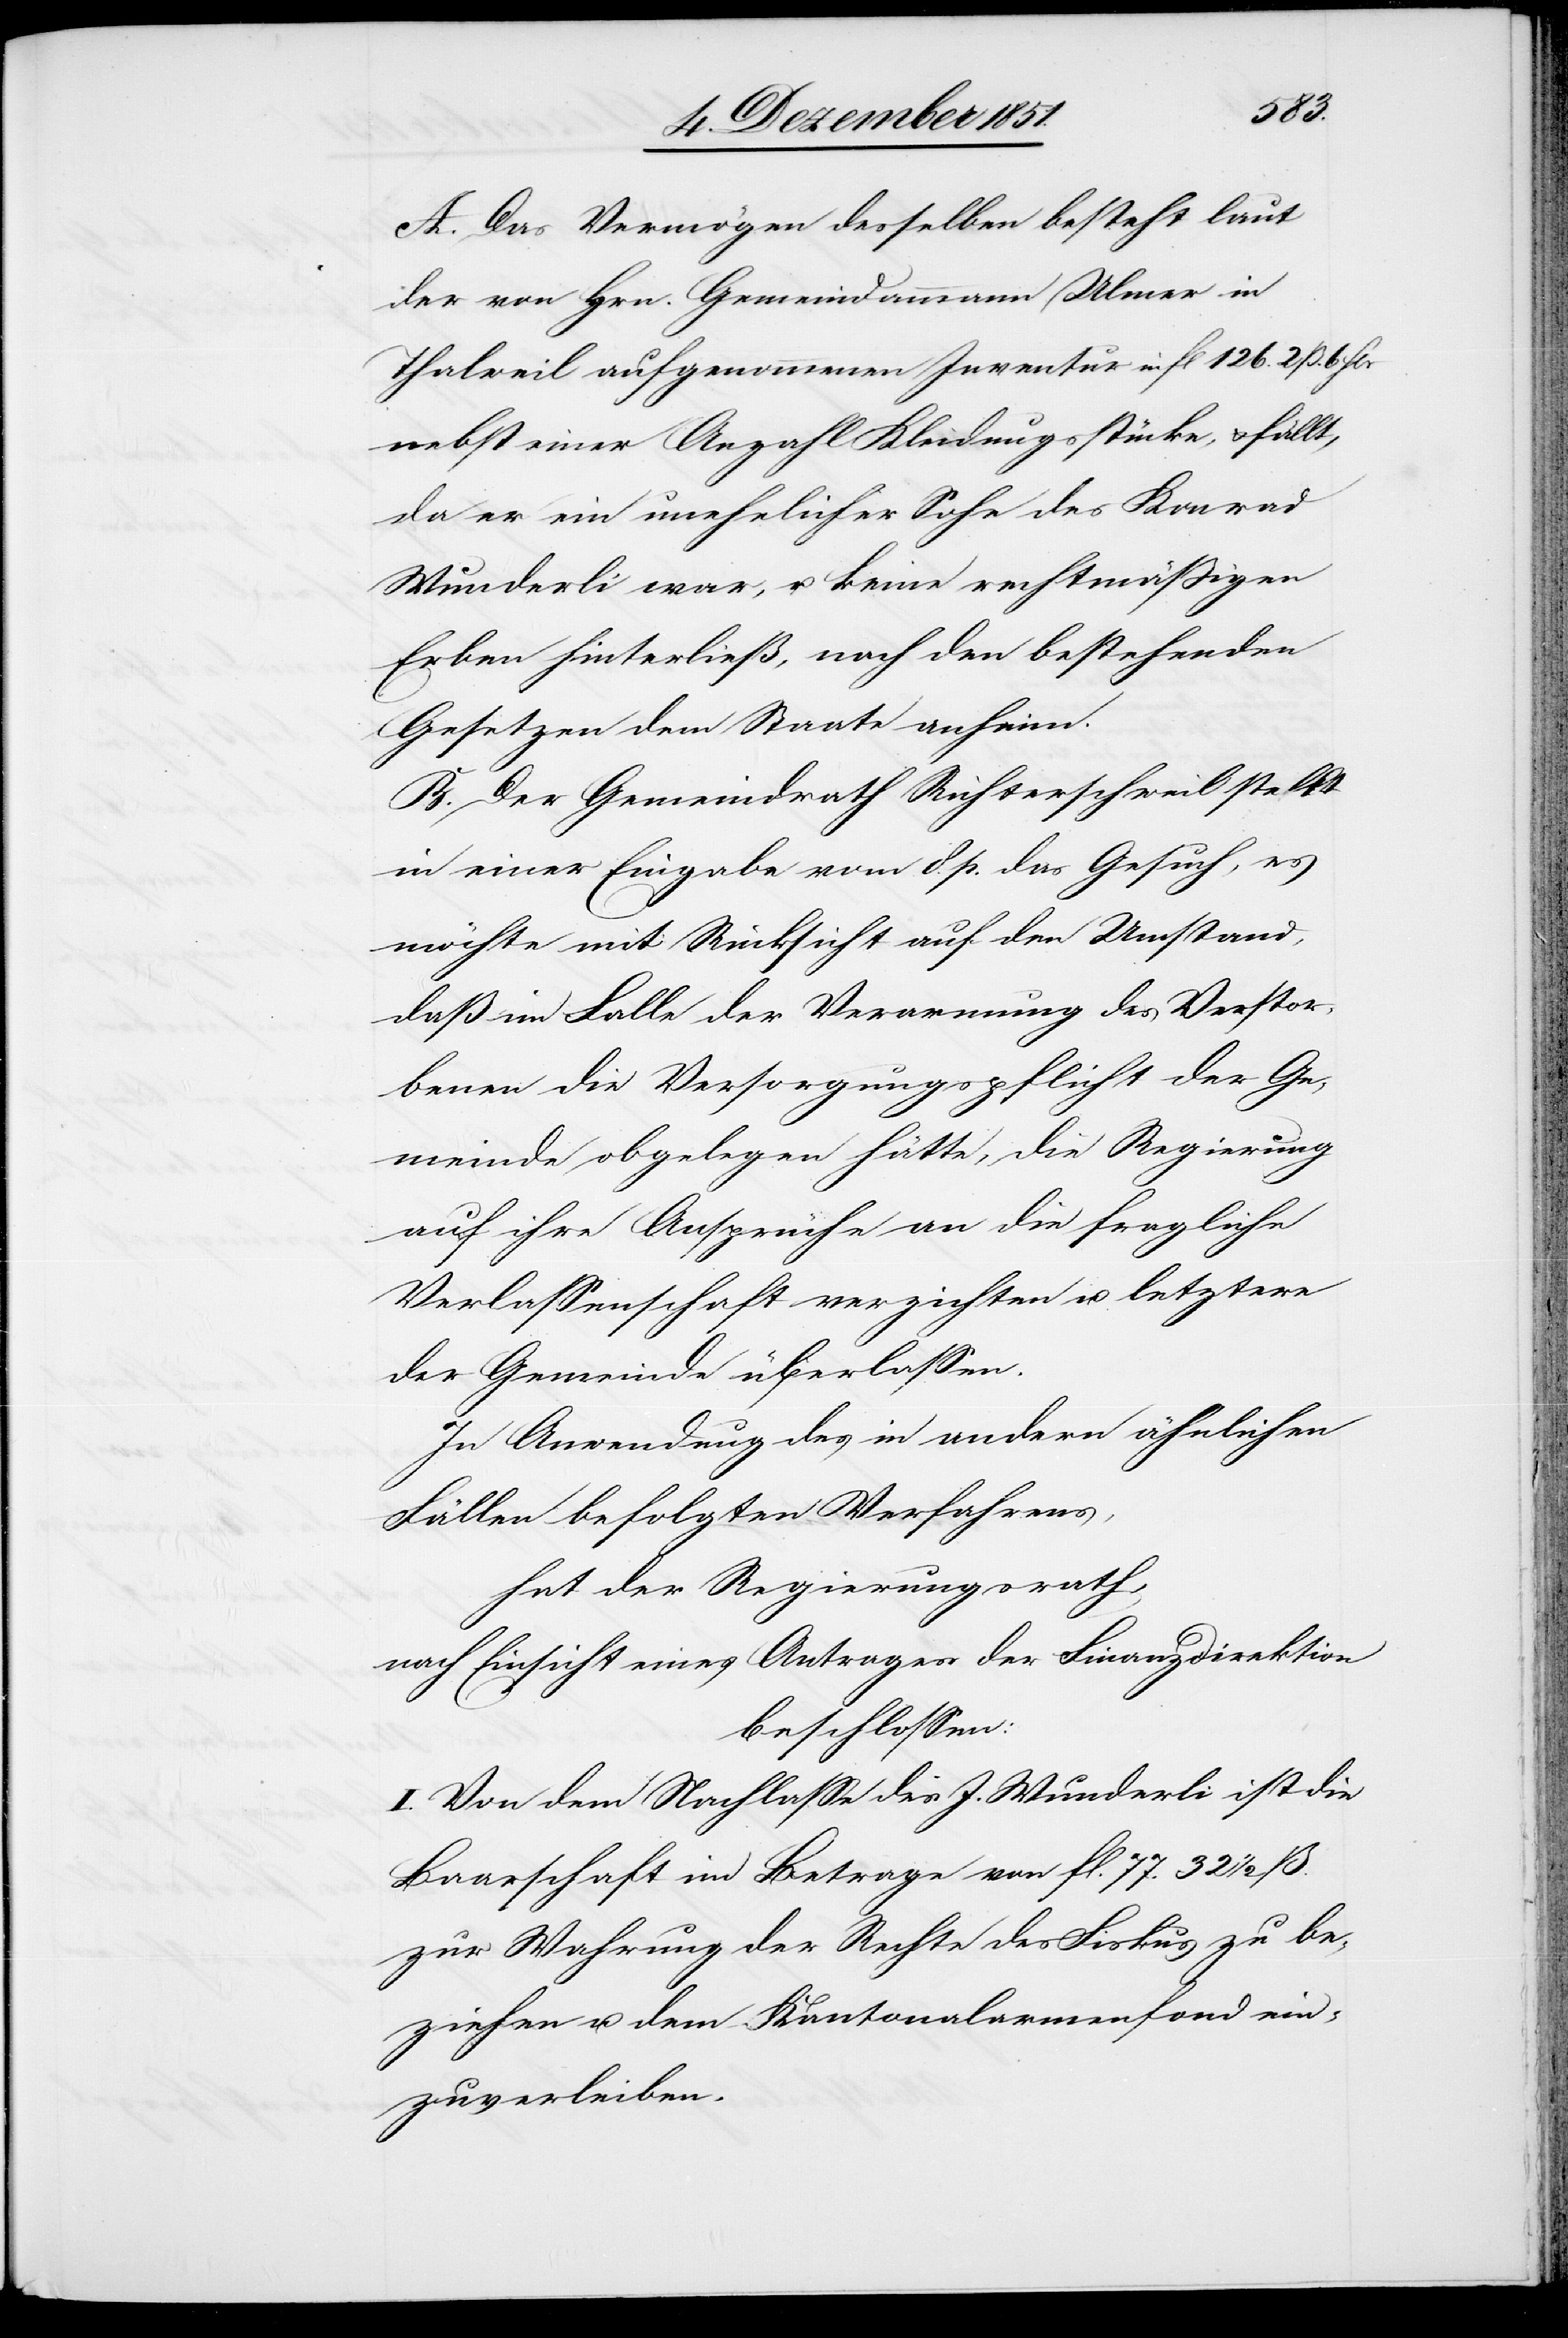
A. Das Vermögen desselben besteht laut
der von Hrn. Gemeindammann Ulmer in
Thalweil aufgenommenen Inventur in fl 126. 2 ß. 6 Hlr
nebst einer Anzahl Kleidungsstücke, & fällt,
da er ein unehelicher Sohn des Konrad
Wunderli war, u. keine rechtmäßigen
Erben hinterließ, nach den bestehenden
Gesetzen dem Staate anheim.
B. Der Gemeindrath Richterschweil stellt
in einer Eingabe vom 8. p. das Gesuch, es
möchte mit Rücksicht auf den Umstand,
daß im Falle der Verarmung des Verstor¬
benen die Versorgungspflicht der Ge¬
meinde obgelegen hätte, die Regierung
auf ihre Ansprüche an die fragliche
Verlassenschaft verzichten u. letztere
der Gemeinde überlassen.
In Anwendung des in andern ähnlichen
Fällen befolgten Verfahrens,
hat der Regierungsrath,
nach Einsicht eines Antrages der Finanzdirektion
beschlossen:
I. Von dem Nachlasse des J. Wunderli ist die
Baarschaft im Betrage von fl. 77. 32 1/2 ß.
zur Wahrung der Rechte des Fiskus zu be¬
ziehen u. dem Kantonalarmenfond ein¬
zuverleiben.